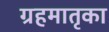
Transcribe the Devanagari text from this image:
ग्रहमातृका